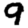
Digit: 9